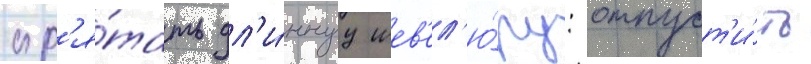
спр'я́тать дл'и́ннуу шев'ел'ю́ру: отпуст'и́ть